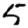
Digit: 5